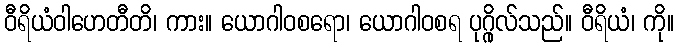
ဝီရိယံဝါဟေတီတိ၊ ကား။ ယောဂါဝစရော၊ ယောဂါဝစရ ပုဂ္ဂိုလ်သည်။ ဝီရိယံ၊ ကို။